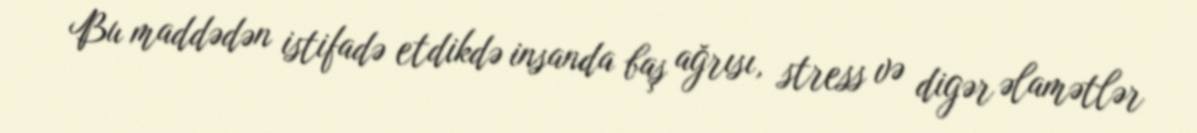
Bu maddədən istifadə etdikdə insanda baş ağrısı, stress və digər əlamətlər